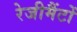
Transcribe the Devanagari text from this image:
रेजीमैंटों